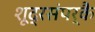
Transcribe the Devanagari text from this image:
शूद्रसंपर्कै